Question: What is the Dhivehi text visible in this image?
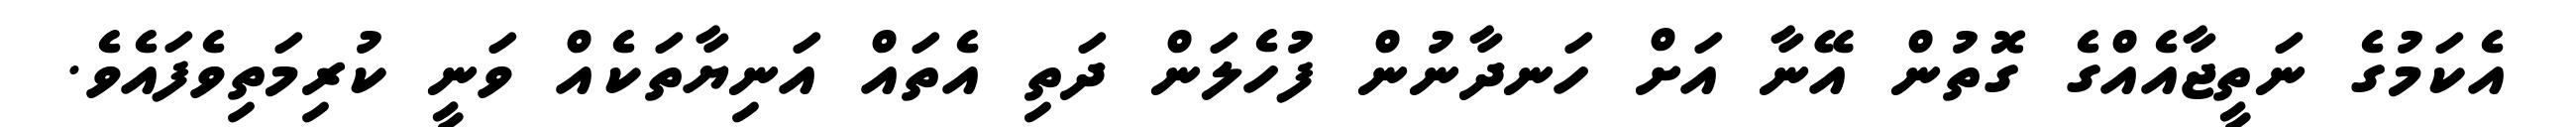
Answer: އެކަމުގެ ނަތީޖާއެއްގެ ގޮތުން އޭނާ އަށް ހަނދާނުން ފުހެލަން ދަތި އެތައް އަނިޔާތަކެއް ވަނީ ކުރިމަތިވެފައެވެ.